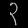
Digit: ၃